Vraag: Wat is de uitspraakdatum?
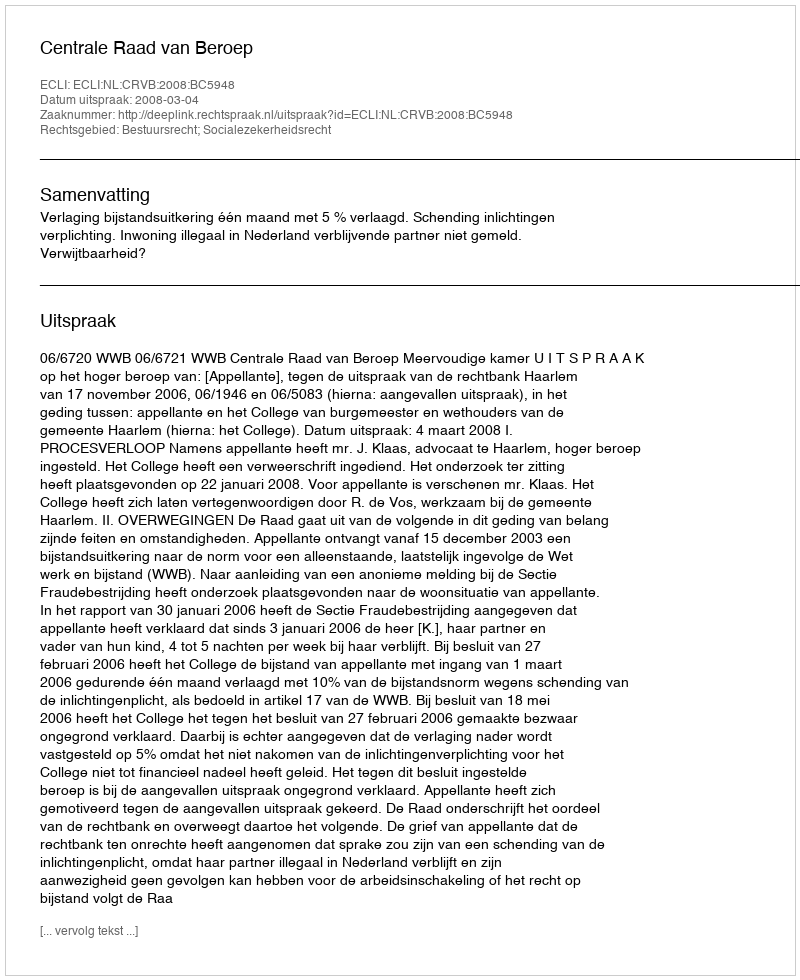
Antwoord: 2008-03-04